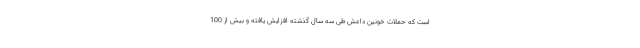
است که حملات خونین داعش طی سه سال گذشته افزایش یافته و بیش از 100